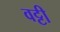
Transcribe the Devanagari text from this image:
वट्टी